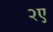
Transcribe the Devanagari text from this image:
२ए